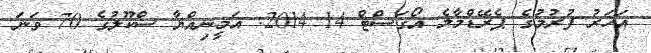
އަހަރު ފުރުމުގެ ޕެރޭޑްމާލެ އޯގަސްޓް 14 2014: އަމީނިއްޔާ ސްކޫލުގެ 70 ވަނަ